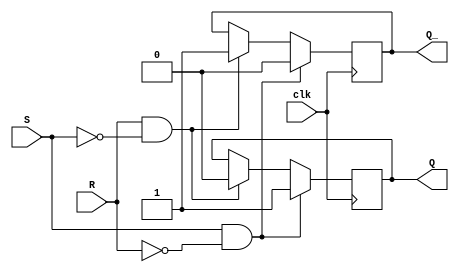
module gated_sr_ff (
    input clk,
    input S,
    input R,
    output reg Q,
    output reg Q_
);

always @(posedge clk) begin
    if (S & ~R) begin
        Q <= 1;
        Q_ <= 0;
    end else if (R & ~S) begin
        Q <= 0;
        Q_ <= 1;
    end
end

endmodule